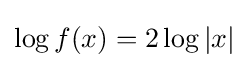
\log f(x)=2\log |x|